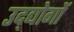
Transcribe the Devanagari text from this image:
उद्द्योगों